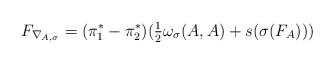
LaTeX: \begin{align*} F_{\nabla_{A,\sigma}} = (\pi_1^* - \pi_2^*)( \tfrac{1}{2}\omega_\sigma(A,A) + s(\sigma( F_{A}))) \end{align*}